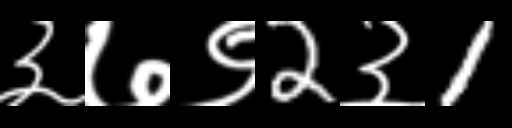
Text: ३७९2३1